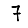
Digit: 7